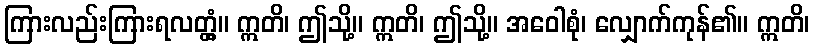
ကြားလည်းကြားရလတ္တံ့။ ဣတိ၊ ဤသို့။ ဣတိ၊ ဤသို့။ အဝေါစုံ၊ လျှောက်ကုန်၏။ ဣတိ၊